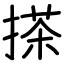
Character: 搽